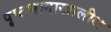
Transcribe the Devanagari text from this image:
पृ़ष्ठभागाखालील